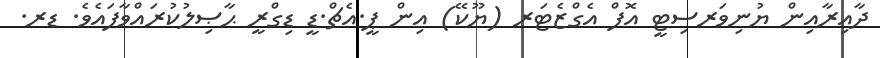
ދާއިރާއިން ޔުނިވަރސިޓީ އޮފް އެގްޒެޓަރ (ޔޫކޭ) އިން ޕީ.އެޗް.ޑީ ޑިގްރީ ޙާޞިލުކުރައްވާފައެވެ. ޑރ.